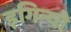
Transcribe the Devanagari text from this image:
इगिन्यो